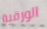
الورقية